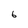
Character: 6